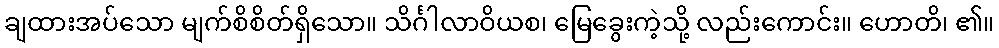
ချထားအပ်သော မျက်စိစိတ်ရှိသော။ သိင်္ဂါလာဝိယစ၊ မြေခွေးကဲ့သို့ လည်းကောင်း။ ဟောတိ၊ ၏။